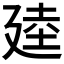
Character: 𫸒